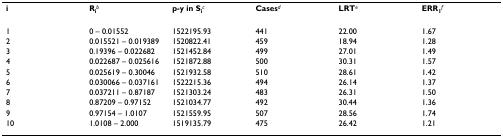
| i | Rib | p-y in Sic | Casesd | LRTe | ERR1f |
 | --- | --- | --- | --- | --- | --- |
 | 1 | 0 – 0.01552 | 1522195.93 | 441 | 22.00 | 1.67 |
 | 2 | 0.015521 – 0.019389 | 1520822.41 | 459 | 18.94 | 1.28 |
 | 3 | 0.19396 – 0.022682 | 1521452.84 | 499 | 27.01 | 1.49 |
 | 4 | 0.022687 – 0.025616 | 1521872.88 | 500 | 30.31 | 1.57 |
 | 5 | 0.025619 – 0.30046 | 1521932.58 | 510 | 28.61 | 1.42 |
 | 6 | 0.030066 – 0.037161 | 1522215.36 | 494 | 26.14 | 1.37 |
 | 7 | 0.037211 – 0.87187 | 1521303.24 | 483 | 26.31 | 1.50 |
 | 8 | 0.87209 – 0.97152 | 1521034.77 | 492 | 30.44 | 1.36 |
 | 9 | 0.97154 – 1.0107 | 1521559.95 | 507 | 28.56 | 1.74 |
 | 10 | 1.0108 – 2.000 | 1519135.79 | 475 | 26.42 | 1.21 |